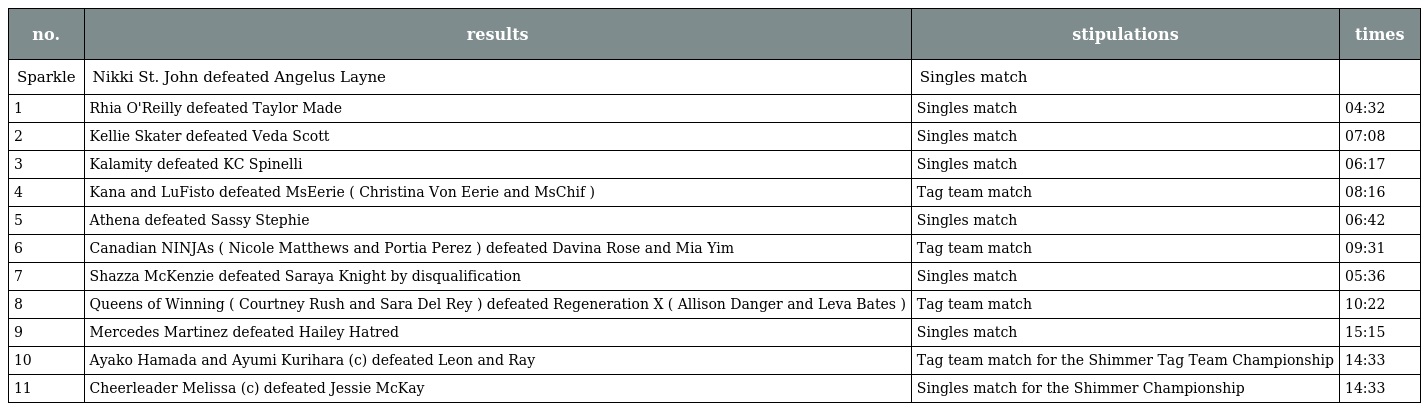
| no. | results | stipulations | times |
 | --- | --- | --- | --- |
 | Sparkle | Nikki St. John defeated Angelus Layne | Singles match |  |
 | 1 | Rhia O'Reilly defeated Taylor Made | Singles match | 04:32 |
 | 2 | Kellie Skater defeated Veda Scott | Singles match | 07:08 |
 | 3 | Kalamity defeated KC Spinelli | Singles match | 06:17 |
 | 4 | Kana and LuFisto defeated MsEerie ( Christina Von Eerie and MsChif ) | Tag team match | 08:16 |
 | 5 | Athena defeated Sassy Stephie | Singles match | 06:42 |
 | 6 | Canadian NINJAs ( Nicole Matthews and Portia Perez ) defeated Davina Rose and Mia Yim | Tag team match | 09:31 |
 | 7 | Shazza McKenzie defeated Saraya Knight by disqualification | Singles match | 05:36 |
 | 8 | Queens of Winning ( Courtney Rush and Sara Del Rey ) defeated Regeneration X ( Allison Danger and Leva Bates ) | Tag team match | 10:22 |
 | 9 | Mercedes Martinez defeated Hailey Hatred | Singles match | 15:15 |
 | 10 | Ayako Hamada and Ayumi Kurihara (c) defeated Leon and Ray | Tag team match for the Shimmer Tag Team Championship | 14:33 |
 | 11 | Cheerleader Melissa (c) defeated Jessie McKay | Singles match for the Shimmer Championship | 14:33 |